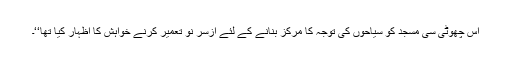
اس چھوٹی سی مسجد کو سیاحوں کی توجہ کا مرکز بنانے کے لئے ازسر نو تعمیر کرنے خواہش کا اظہار کیا تھا‘‘۔